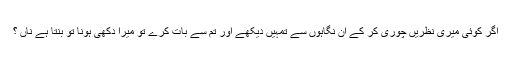
اگر کوئی میری نظریں چوری کر کے ان نگاہوں سے تمہیں دیکھے اور تم سے بات کرے تو میرا دکھی ہونا تو بنتا ہے ناں ؟